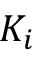
K _ { i }